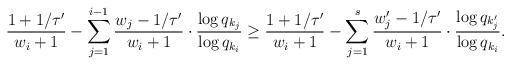
LaTeX: \begin{align*}\frac{1+1/\tau'}{w_{i}+1} - \sum_{j=1}^{i-1} \frac{w_{j}-1/\tau'}{w_{i}+1} \cdot \frac{\log q_{k_j} }{\log q_{k_i} }\ge \frac{1+1/\tau'}{w_{i}+1} - \sum_{j=1}^{s} \frac{w'_{j}-1/\tau'}{w_{i}+1} \cdot \frac{\log q_{k'_j} }{\log q_{k_i} }.\end{align*}